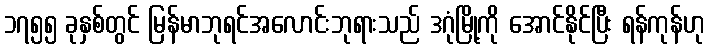
၁၇၅၅ ခုနှစ်တွင် မြန်မာဘုရင်အလောင်းဘုရားသည် ဒဂုံမြို့ကို အောင်နိုင်ပြီး ရန်ကုန်ဟု